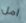
امل